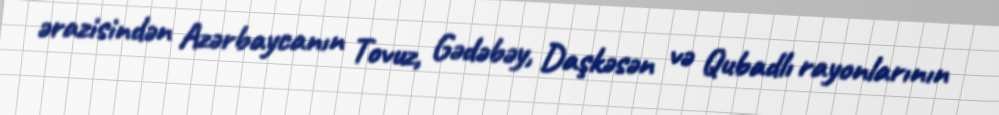
ərazisindən Azərbaycanın Tovuz, Gədəbəy, Daşkəsən və Qubadlı rayonlarının